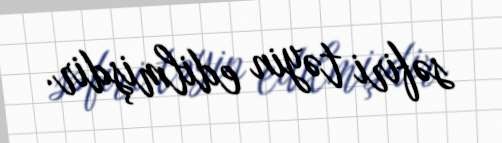
səfiri təyin edilmişdir.